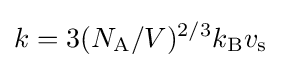
k=3(N_{\text{A}}/V)^{2/3}k_{\text{B}}v_{\text{s}}